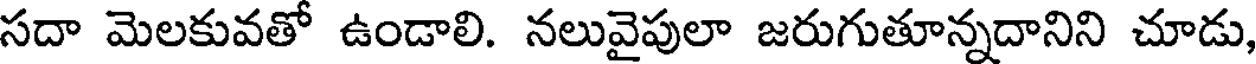
సదా మెలకువతో ఉండాలి. నలువైపులా జరుగుతూన్నదానిని చూడు,